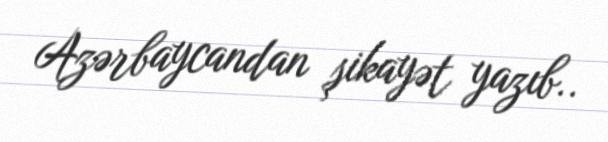
Azərbaycandan şikayət yazıb..